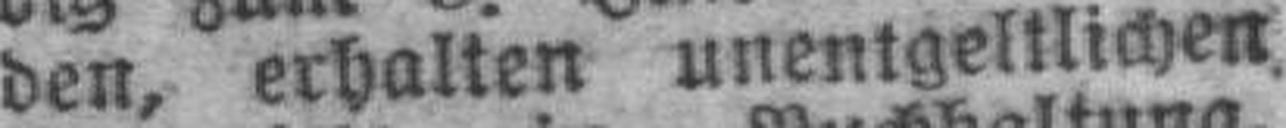
den, erhalten unentgeltlichen.